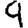
Digit: 9